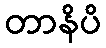
တာနိပိ